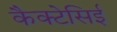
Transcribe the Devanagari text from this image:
कैक्टेसिई